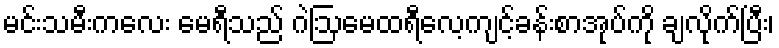
မင်းသမီးကလေး မေရီသည် ဂဲဩမေထရီလေ့ကျင့်ခန်းစာအုပ်ကို ချလိုက်ပြီး၊